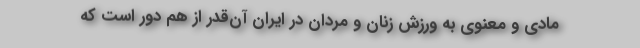
مادی و معنوی به ورزش زنان و مردان در ایران آن‌قدر از هم دور است که